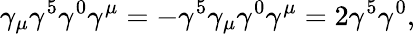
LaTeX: \gamma_{\mu}\gamma^{5}\gamma^{0}\gamma^{\mu}=-\gamma^{5}\gamma_{\mu}\gamma^{0}\gamma^{\mu}=2\gamma^{5}\gamma^{0},